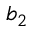
b _ { 2 }